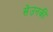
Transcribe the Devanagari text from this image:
सेउनकी